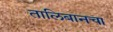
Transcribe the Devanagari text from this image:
तालिबानचा